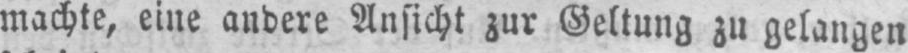
machte, eine andere Ansicht zur Geltung zu gelangen